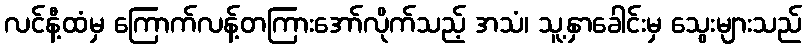
လင်နီ့ထံမှ ကြောက်လန့်တကြားအော်လိုက်သည့် အသံ၊ သူ့နှာခေါင်းမှ သွေးများသည်